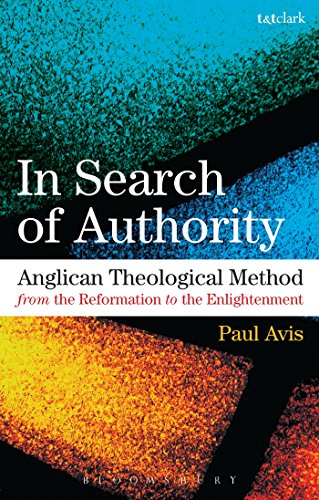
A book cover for In Search of Authority: Anglican Theological Method from the Reformation to the Enlightenment; Paul Avis; Christian Books & Bibles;